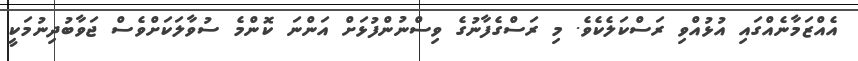
އެއްޒަމާނެއްގައި އުޅުއްވި ރަސްކަލެކެވެ. މި ރަސްގެފާނުގެ ވިސްނުންފުޅަށް އަންނަ ކޮންމެ ސުވާލަކަށްވެސް ޖަވާބުދިނުމަކީ